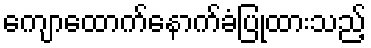
ကျောထောက်နောက်ခံပြုထားသည့်